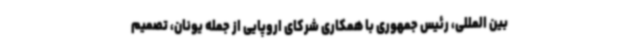
بین المللی، رئیس جمهوری با همکاری شرکای اروپایی از جمله یونان، تصمیم